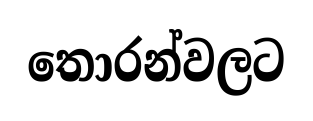
තොරන්වලට